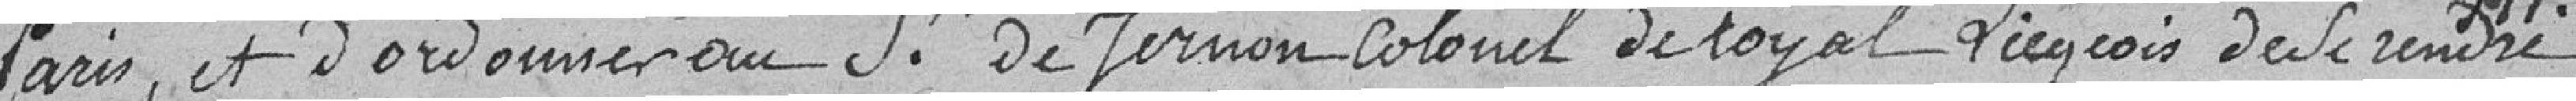
Paris, et d'ordonner au sieur De Vernon colonel de Royal Liégeois de se rendre